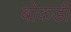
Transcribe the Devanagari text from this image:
बोकडी